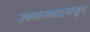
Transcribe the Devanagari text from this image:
उस्मानाबादपासून